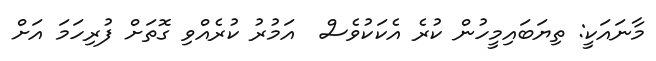
މާނައަކީ: ތިޔަބައިމީހުން ކުރެ އެކަކުވެސް  އަމުރު ކުރެއްވި ގޮތަށް ފުރިހަމަ އަށް